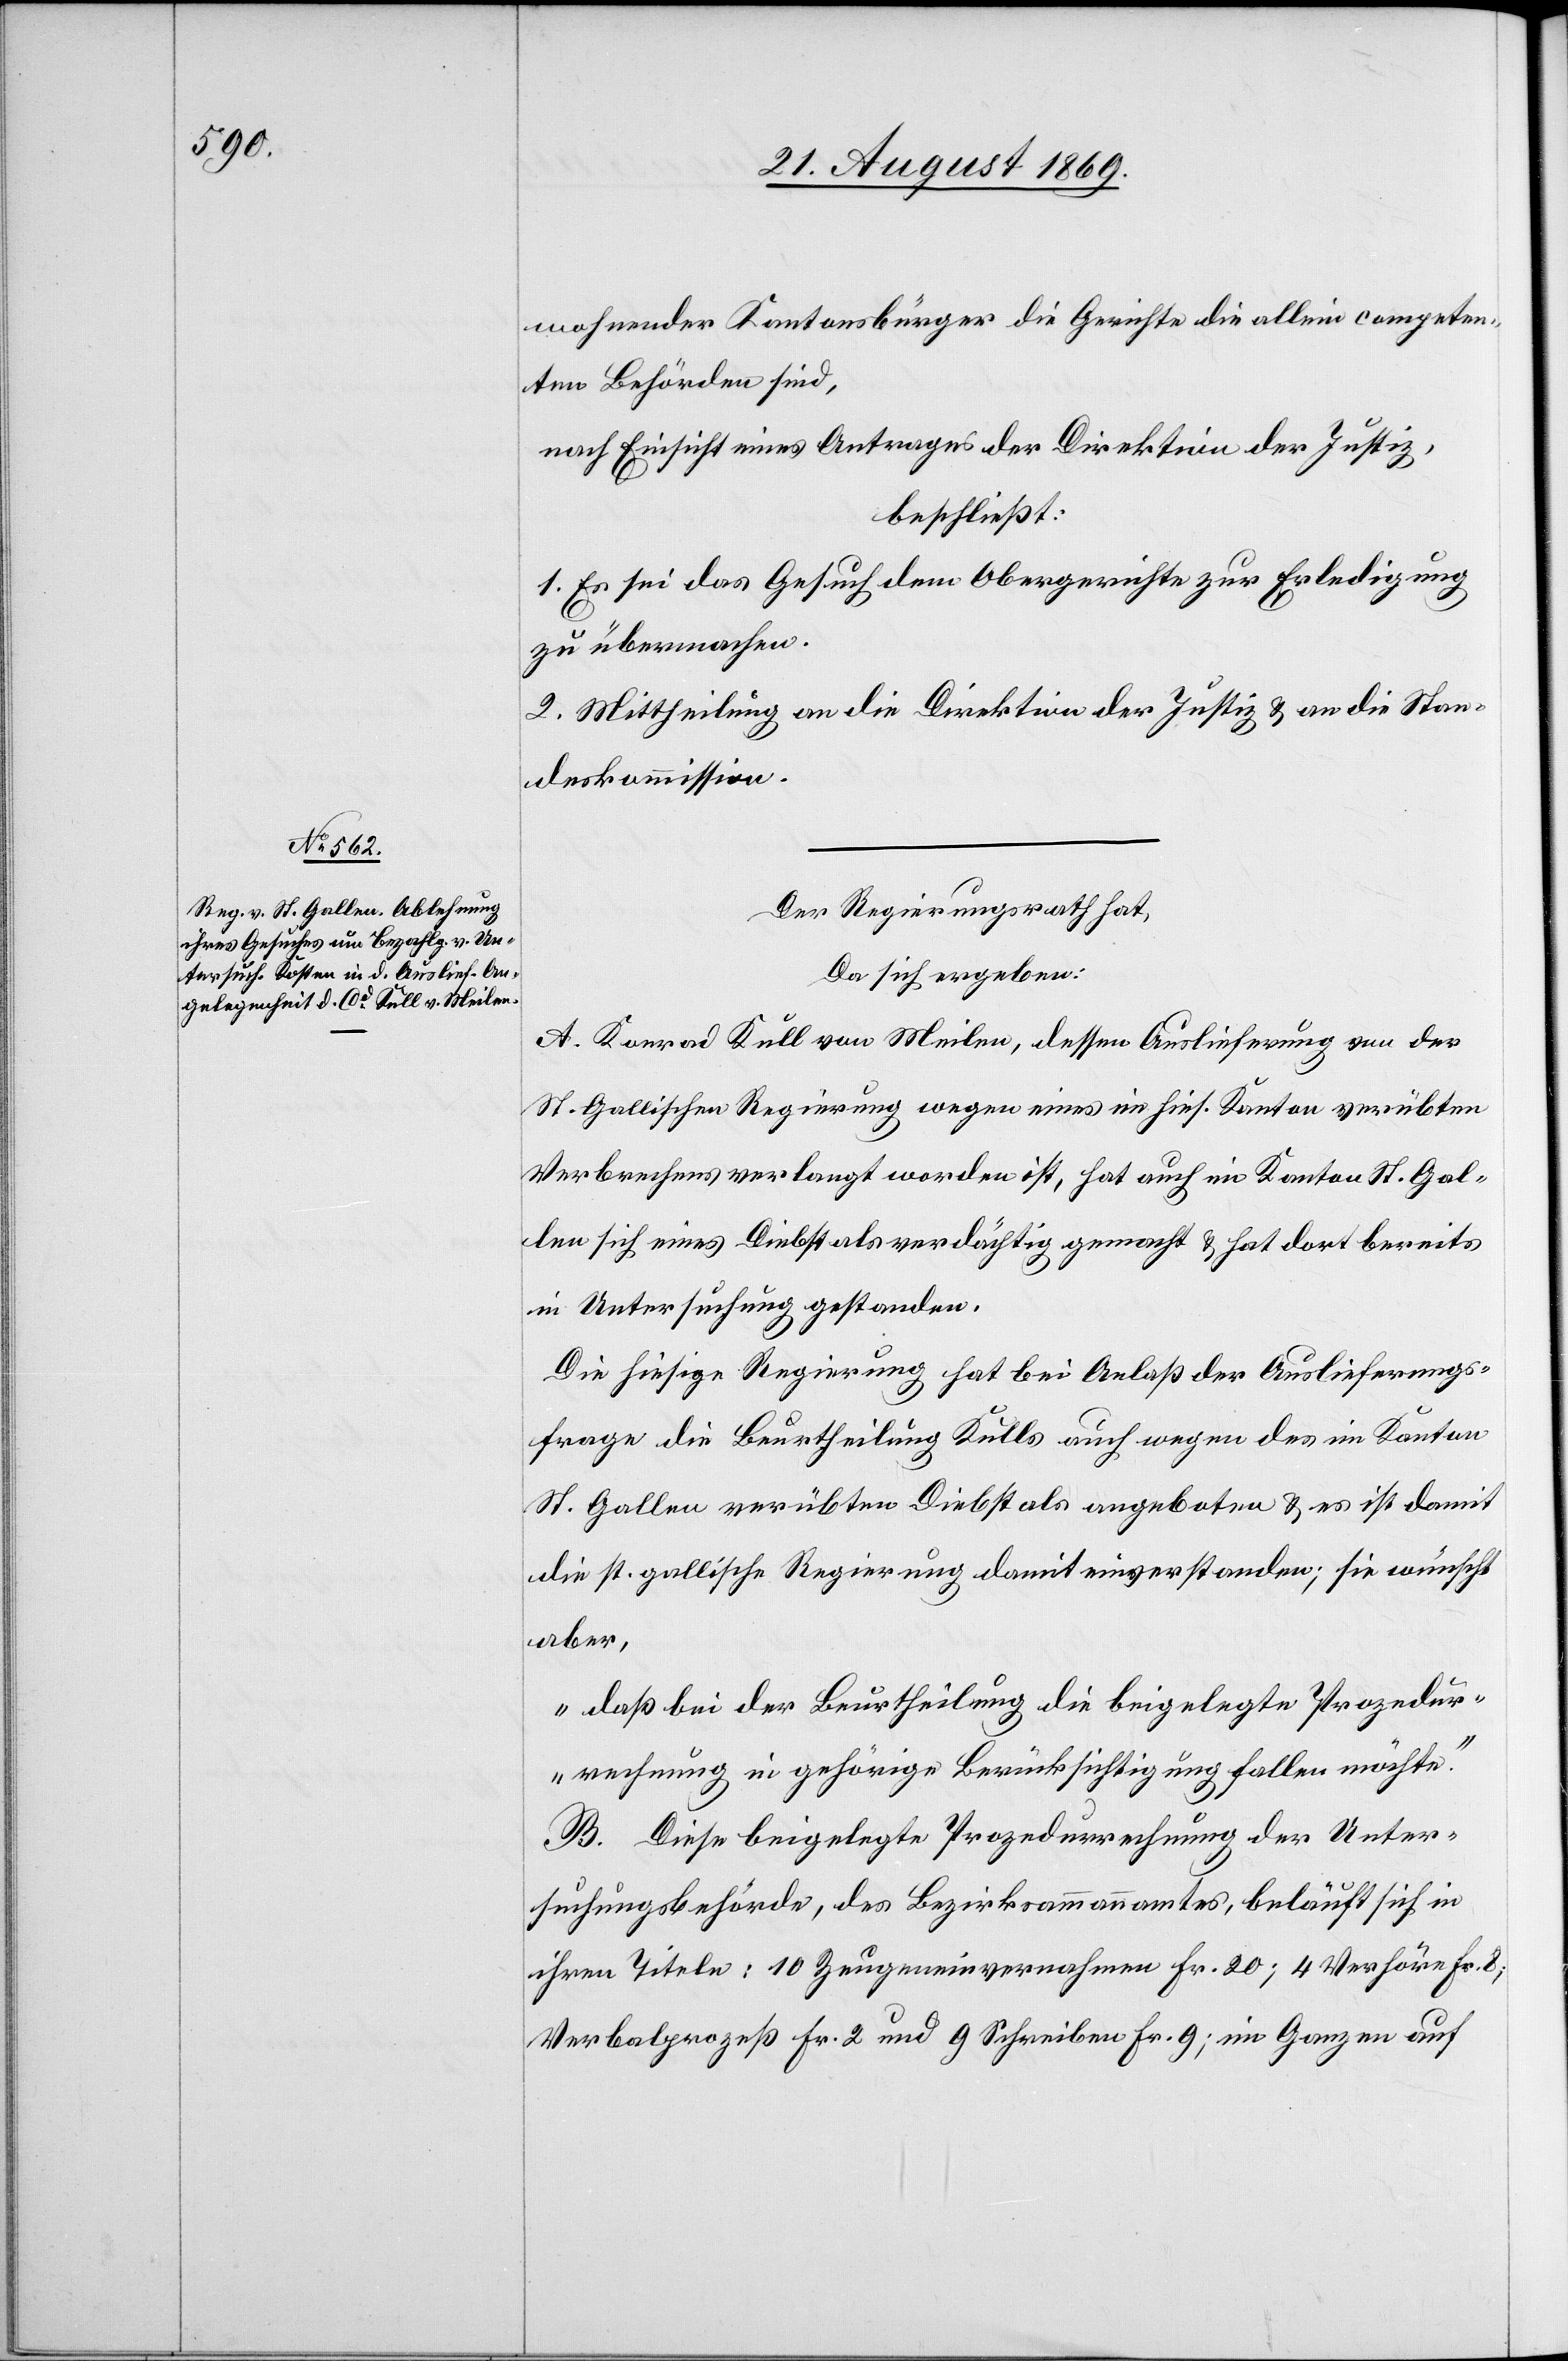
wohnender Kantonsbürger die Gerichte die allein competen¬
ten Behörden sind,
nach Einsicht eines Antrages der Direktion der Justiz,
beschließt:
1. Es sei das Gesuch dem Obergerichte zur Erledigung
zu übermachen.
2. Mittheilung an die Direktion der Justiz & an die Stan¬
deskommission.
Der Regierungsrath hat,
Da sich ergeben:
A. Konrad Kull von Meilen, dessen Auslieferung von der
St. Gallischen Regierung wegen eines im hies. Kanton verübten
Verbrechens verlangt worden ist, hat auch im Kanton St. Gal¬
len sich eines Diebstals verdächtig gemacht & hat dort bereits
in Untersuchung gestanden.
Die hiesige Regierung hat bei Anlaß der Auslieferungs¬
frage die Beurtheilung Kulls auch wegen des im Kanton
St. Gallen verübten Diebstals angeboten & es ist damit
die st. gallische Regierung damit [sic!] einverstanden; sie wünscht
aber,
„daß bei der Beurtheilung die beigelegte Prozedur¬
rechnung in gehörige Berücksichtigung fallen möchte.“
B. Diese beigelegte Prozedurrechnung der Unter¬
suchungsbehörde, des Bezirksammannamtes, beläuft sich in
ihren Titeln: 10 Zeugeneinvernahmen Fr. 20; 4 Verhöre Fr. 8;
Verbalprozeß Fr. 2 und 9 Schreiben Fr. 9; im Ganzen auf